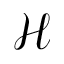
\mathcal { H }